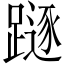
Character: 𨄃